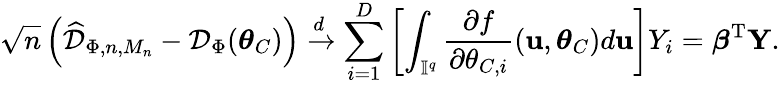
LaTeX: \sqrt{n}\left(\widehat{\mathcal{D}}_{\Phi,n,M_{n}}-\mathcal{D}_{\Phi}(\boldsymbol{\theta}_{C})\right)\xrightarrow{d}\sum_{i=1}^{D}\left[\int_{\mathbb{I}^{q}}\frac{\partial f}{\partial\theta_{C,i}}(\mathbf{u},\boldsymbol{\theta}_{C})d\mathbf{u}\right]Y_{i}=\boldsymbol{\beta}^{\mathrm{T}}\mathbf{Y}.